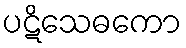
ပဋိသေဓကော